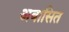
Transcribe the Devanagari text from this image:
अवासित